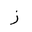
Letter: _zay